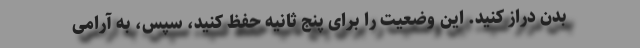
بدن دراز کنید. این وضعیت را برای پنج ثانیه حفظ کنید، سپس، به آرامی